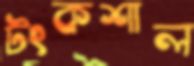
টংকশাল